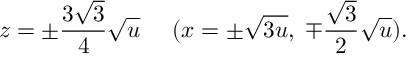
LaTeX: z = \pm \frac { 3 \sqrt { 3 } } { 4 } \sqrt { u } \; \; \; \; \; ( x = \pm \sqrt { 3 u } , \; \mp \frac { \sqrt { 3 } } { 2 } \sqrt { u } ) .